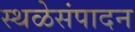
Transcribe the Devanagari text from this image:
स्थळेसंपादन